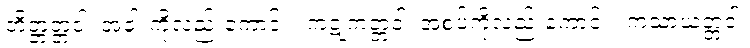
တိတ္တတ္တံဝါ၊ အခါးကိုလည်းကောင်း။ ကဋုကတ္တံဝါ၊ အစပ်ကိုလည်းကောင်း။ ကသာယတ္တံဝါ၊